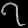
Digit: ၇